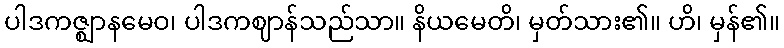
ပါဒကဇ္ဈာနမေဝ၊ ပါဒကဈာန်သည်သာ။ နိယမေတိ၊ မှတ်သား၏။ ဟိ၊ မှန်၏။